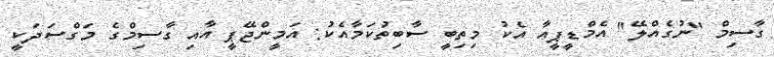
ގާސިމް "ނުގެއްލޭ" އެމްޑީޕީއާ އެކު މިތިބީ ސާބިތުކަމާއެކު: އަމީންޖޭޕީ އާއި ގާސިމްގެ މަގްސަދަކީ